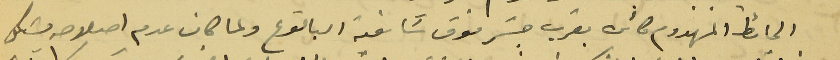
الحائط المهدوم كائن بقرب جسَر فوق سَاقية البالوع ولما كان عدم اصلاحه يشكل